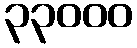
၃၃၀၀၀